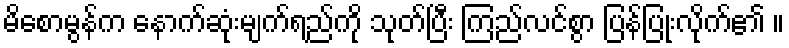
မိစောမွန်က နောက်ဆုံးမျက်ရည်ကို သုတ်ပြီး ကြည်လင်စွာ ပြန်ပြုံးလိုက်၏ ။